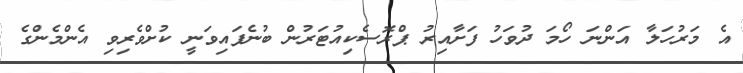
އެ މަރުހަލާ އަންނަ ހޯމަ ދުވަހު ފަށާއިރު ޕްރޮސެކިއުޓަރުން ބުނެފައިވަނީ ކުށްވެރިވި އެންމެންގެ